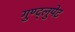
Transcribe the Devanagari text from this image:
गुण्द्लुपेट